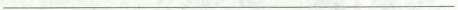
___